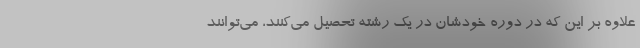
علاوه بر این که در دوره خودشان در یک رشته تحصیل می‌کنند، می‌توانند